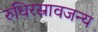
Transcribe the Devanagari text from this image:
रुधिरस्रावजन्य